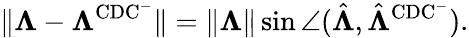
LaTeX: \lVert\boldsymbol{\Lambda}-\boldsymbol{\Lambda}^{\mathrm{CDC^{-}}}\rVert=\lVert\boldsymbol{\Lambda}\rVert\sin\angle(\hat{\boldsymbol{\Lambda}},\hat{\boldsymbol{\Lambda}}^{\mathrm{CDC^{-}}}).